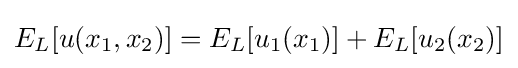
E_{L}[u(x_{1},x_{2})]=E_{L}[u_{1}(x_{1})]+E_{L}[u_{2}(x_{2})]